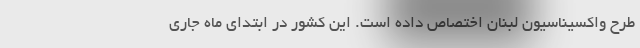
طرح واکسیناسیون لبنان اختصاص داده است. این کشور در ابتدای ماه جاری